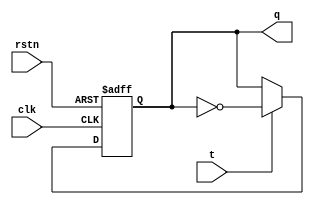
module T_Flip_Flop(
    input clk, // Clock input
    input rstn, // Active-low asynchronous reset input
    input t, // Toggle input
    output reg q // Output representing the state of the T flip-flop
);

// T flip-flop process
always @(posedge clk or negedge rstn) // Sensitivity list includes positive edge of clock and negative edge of reset
begin
    if (!rstn) // If reset is asserted (active low)
        q <= 1'b0; // Set output q to logic 0
    else // If reset is not asserted
    begin
        if (t) // If toggle input is asserted
            q <= ~q; // Toggle output q (invert its value)
        // No need for an else statement here, as q should remain unchanged if t is not asserted
    end
end

endmodule